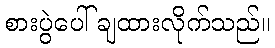
စားပွဲပေါ် ချထားလိုက်သည်။